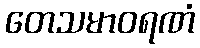
တေသမာဝရဏံ